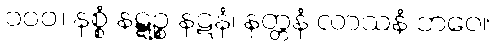
၁၀၀။ နစ္စံ နဋ္ဋဉ္စ နဋနံ၊ နတ္တနံ လာသနံ ဘဝေ။